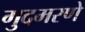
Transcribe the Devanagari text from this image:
गुदमरणे